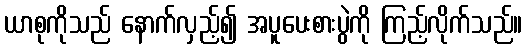
ယာစုကိုသည် နောက်လှည့်၍ အပူပေးစားပွဲကို ကြည့်လိုက်သည်။